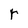
Character: r